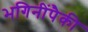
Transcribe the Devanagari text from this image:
भगिनींपैकी